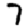
Digit: 7